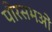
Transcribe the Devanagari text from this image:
पौरसभओं